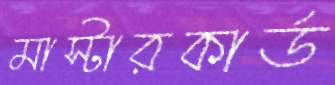
মাস্টারকার্ড